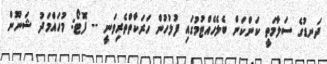
ދަނޑުގެ ސަލާމަތީ ކަންކަން ބެލެހެއްޓުމުގައި ފުލުހުން ހަރަކާތްތެރިވަނީ -- ފޮޓޯ: މުހައްމަދު ޝަނޫން